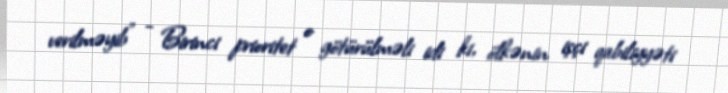
verilməyib” - Birinci prioritet o götürülməli idi ki, ölkənin işçi qabiliyyəti